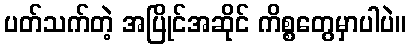
ပတ်သက်တဲ့ အပြိုင်အဆိုင် ကိစ္စတွေမှာပါပဲ။